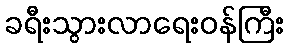
ခရီးသွားလာရေးဝန်ကြီး